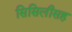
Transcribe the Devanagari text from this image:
सिसिलीसह